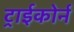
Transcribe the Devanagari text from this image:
ट्राईकोर्न